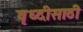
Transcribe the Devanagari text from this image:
वृध्दीसाठी